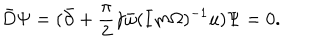
LaTeX: \bar { D } \Psi = ( \bar { \partial } + { \frac { \pi } { 2 } } \gamma \bar { \omega } ( I m \Omega ) ^ { - 1 } u ) \Psi = 0 .